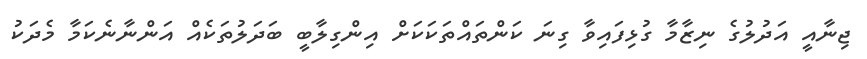
ޖިނާއީ އަދުލުގެ ނިޒާމާ ގުޅިފައިވާ ގިނަ ކަންތައްތަކަކަށް އިންގިލާބީ ބަދަލުތަކެއް އަންނާނެކަމާ މެދަކު